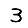
Digit: 3